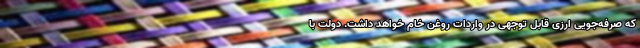
که صرفه‌جویی ارزی قابل توجهی در واردات روغن خام خواهد داشت. دولت با